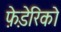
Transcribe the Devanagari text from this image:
फ़े़डेरिको